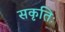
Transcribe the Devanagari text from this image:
सकृतिः